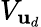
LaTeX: V_{\mathbf{u}_{d}}